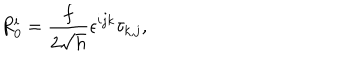
LaTeX: R _ { 0 } ^ { i } = \frac { f } { 2 \sqrt { h } } \epsilon ^ { i j k } \tau _ { k , j } ,